Indian journal of veterinary science and animal husbandry - Volume 14,
Year: 1944
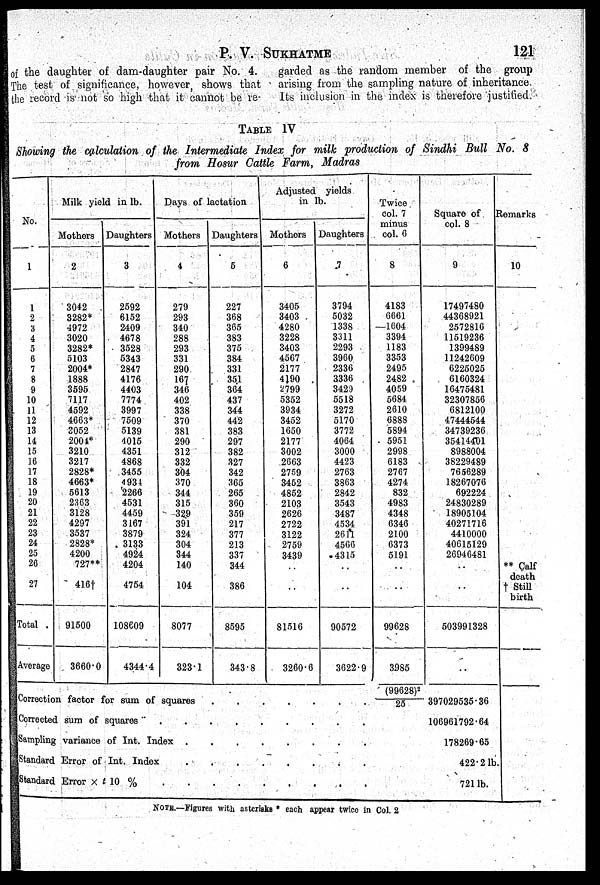
P. V. SUKHATME
121
of the daughter of dam-daughter pair No. 4.
The test of significance, however, shows that
the record is not so high that it cannot be re-
garded as the random member of the group
arising from the sampling nature of inheritance.
Its inclusion in the index is therefore justified.
TABLE IV
Showing the calculation of the Intermediate Index for milk production of Sindhi Bull No. 8
from Hosur Cattle Farm, Madras
No.
1
1
2
3
4
5
6
7
8
9
10
11
12
13
14
15
16
17
18
19
20
21
22
23
24
25
26
27
Total .
Average
Milk yield
in lb.
Mothers
2
3042
3282*
4972
3020
3282*
5103
2004*
1888
3595
7117
4592
4663*
3052
2004*
3210
3217
2828*
4663*
5613
2363
3128
4297
3537
2828*
4200
727**
416†
91500
3660.0
Daughters
3
2592
6152
2409
4678
3528
5343
2847
4176
4403
7774
3997
7509
5139
4015
4351
4868
3455
4 934
2266
4531
4459
3167
3879
3133
4924
4204
4754
108609
4344.4
Days of 1
actation
Mothers
4
279
293
340
288
293
331
290
167
346
402
338
370
381
290
312
332
304
370
344
315
329
391
324
304
344
140
104
8077
323.1
Daughters
5
227
368
365
383
375
384
331
351
364
437
344
442
383
297
382
327
342
365
265
360
359
217
377
213
337
344
386
8595
343.8
Adjusted
in 1
yields
b.
Mothers
6
3405
3403
4280
3228
3403
4567
2177
4190
2799
5352
3934
3452
1650
2177
3002
2663
2759
3452
4852
2103
2626
2722
3122
2759
3439
..
..
81516
3260.6
Daughters
7
3794
5032
1338
3311
2293
3960
2336
3336
3429
5518
3272
5170
3772
4064
3000
4423
2763
3863
2842
3543
3487
4534
2611
4566
4315
..
..
90572
3622.9
Twice
col. 7
minus
col. 6
8
4183
6661
—1604
3394
1183
3353
2495
2482
4059
5684
2610
6888
5894
5951
2998
6183
2767
4274
832
4983
4348
6346
2100
6373
5191
..
..
99628
3985
Square of
col. 8
9
17497480
44368921
2572816
11519236
1399489
11242609
6225025
6160324
16475481
32307856
6812100
47444544
34739236
35414401
8988004
38229489
7656289
18267076
692224
24830289
18905104
40271716
4410000
40615129
26946481
..
..
503991328
..
Remarks
10
** Calf
death
† Still
birth
Correction factor for sum of squares . . . . . . . . . .
Corrected sum of squares . . . . . . . . . .
Sampling variance of Int. Index . . . . . . . . . .
Standard Error of Int. Index . . . . . . . . . .
Standard Error ×t 10 % . . . . . . . . . .
(99628) 2 /
25
397029535.36
106961792.64
178269.65
422.2 lb.
721 lb.
NOTE.—Figures with asterisks * each appear twice in Col. 2